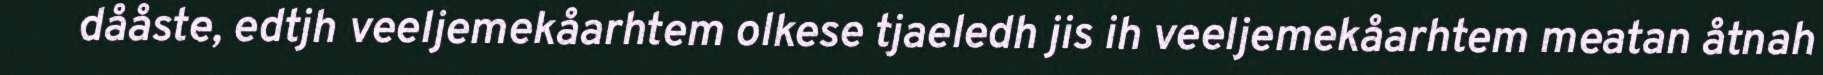
dååste, edtjh veeljemekåarhtem olkese tjaeledh jis ih veeljemekåarhtem meatan åtnah